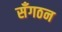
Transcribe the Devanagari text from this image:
सँगठन